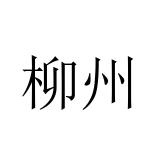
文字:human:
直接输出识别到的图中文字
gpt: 柳州